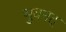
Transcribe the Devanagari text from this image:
भुवनद